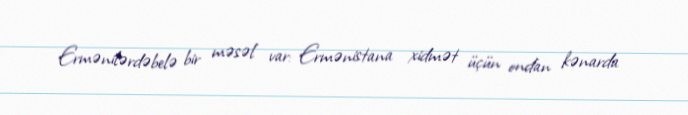
Ermənilərdəbelə bir məsəl var: Ermənistana xidmət üçün ondan kənarda